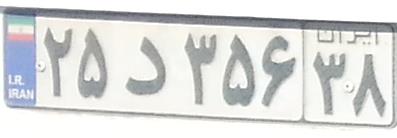
۲۵د۳۵۶۳۸